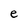
Character: e